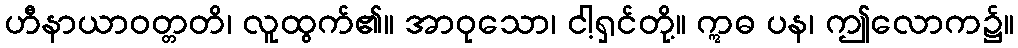
ဟီနာယာဝတ္တတိ၊ လူထွက်၏။ အာဝုသော၊ ငါ့ရှင်တို့။ ဣဓ ပန၊ ဤလောက၌။